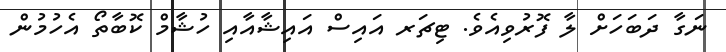
ނަގާ ދަބަހަށް ލާ ފޮރުވިއެވެ. ޓިޗަރ އައިސް އައިޝާއާއި ހުޝާމް ކޮބާތޯ އެހުމުން